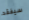
سيفقد